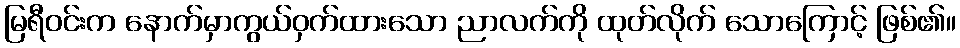
မြရီဝင်းက နောက်မှာကွယ်ဝှက်ထားသော ညာလက်ကို ထုတ်လိုက် သောကြောင့် ဖြစ်၏။